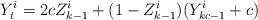
LaTeX: \begin{align*} Y^i_t=2c Z^i_{k-1}+(1-Z^i_{k-1})(Y^i_{kc-1}+c)\end{align*}